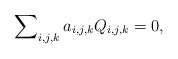
\begin{align*}\sum\nolimits_{i,j,k}a_{i,j,k}Q_{i,j,k}=0,\end{align*}